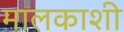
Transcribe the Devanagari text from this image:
मालकाशी